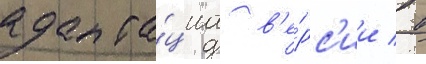
адапта́циа в'е́рс'ии / в